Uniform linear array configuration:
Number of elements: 32
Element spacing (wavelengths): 0.5
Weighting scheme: hann
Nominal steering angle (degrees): -60
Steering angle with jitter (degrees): -61.752
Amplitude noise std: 0.05
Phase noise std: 0.05

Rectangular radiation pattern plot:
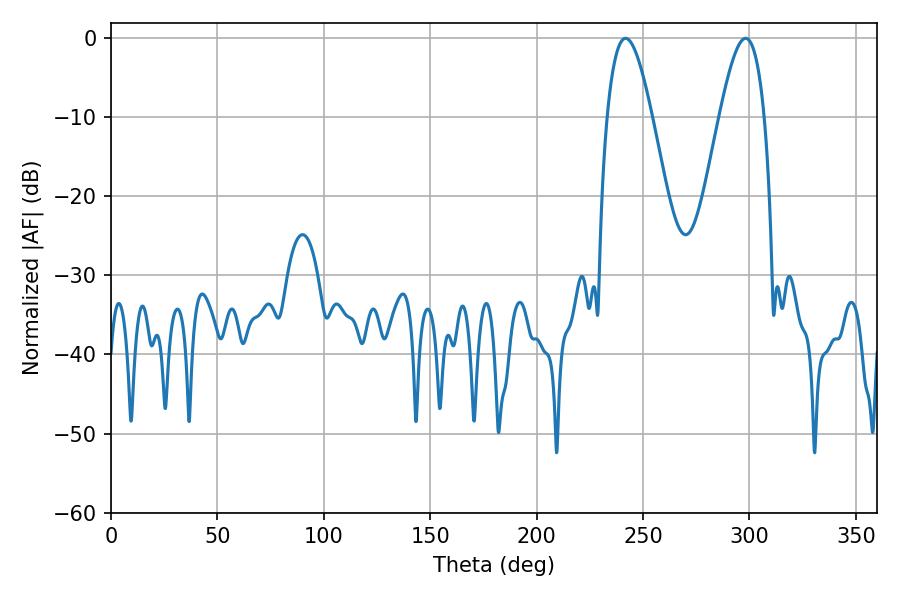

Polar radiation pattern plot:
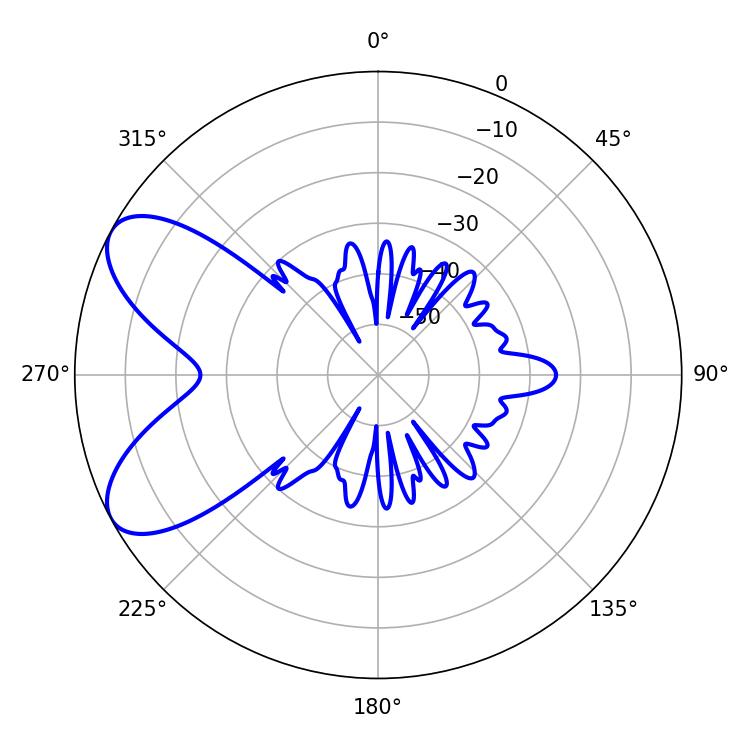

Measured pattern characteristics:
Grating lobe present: FALSE
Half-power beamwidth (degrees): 11.34
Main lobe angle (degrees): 241.74